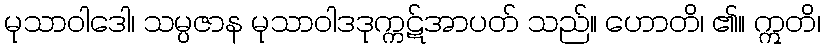
မုသာဝါဒေါ၊ သမ္ပဇာန မုသာဝါဒဒုက္ကဋ်အာပတ် သည်။ ဟောတိ၊ ၏။ ဣတိ၊